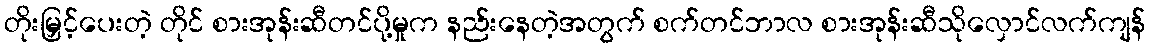
တိုးမြှင့်ပေးတဲ့ တိုင် စားအုန်းဆီတင်ပို့မှုက နည်းနေတဲ့အတွက် စက်တင်ဘာလ စားအုန်းဆီသိုလှောင်လက်ကျန်